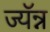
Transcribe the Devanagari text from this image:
ज्यॅन्न